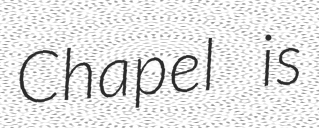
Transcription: Chapel is